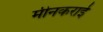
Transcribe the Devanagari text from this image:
मीनकराई